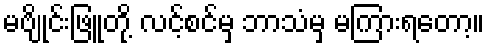
မဗျိုင်းဖြူတို့ လင့်စင်မှ ဘာသံမှ မကြားရတော့။